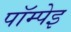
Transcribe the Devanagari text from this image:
पॉम्पेइ